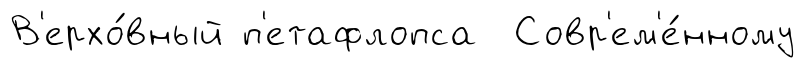
В'ерхо́вный п'етафлопса Совр'ем'е́нному